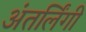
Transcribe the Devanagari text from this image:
अंतर्लिंगी